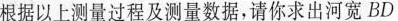
根据以上测量过程及测量数据，请你求出河宽BD